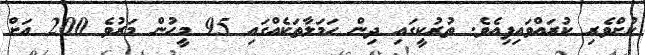
ކުށްވެރި ކުރައްވައިފިއެވެ. ތުރުކީގައި ދިން ހަމަލާތަކެއްގައި 95 މީހުން މަރުވެ 200 އަށް